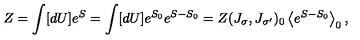
Z = \int [ d U ] e ^ { S } = \int [ d U ] e ^ { S _ { 0 } } e ^ { S - S _ { 0 } } = Z ( J _ { \sigma } , J _ { \sigma ^ { \prime } } ) _ { 0 } \left\langle e ^ { S - S _ { 0 } } \right\rangle _ { 0 } ,